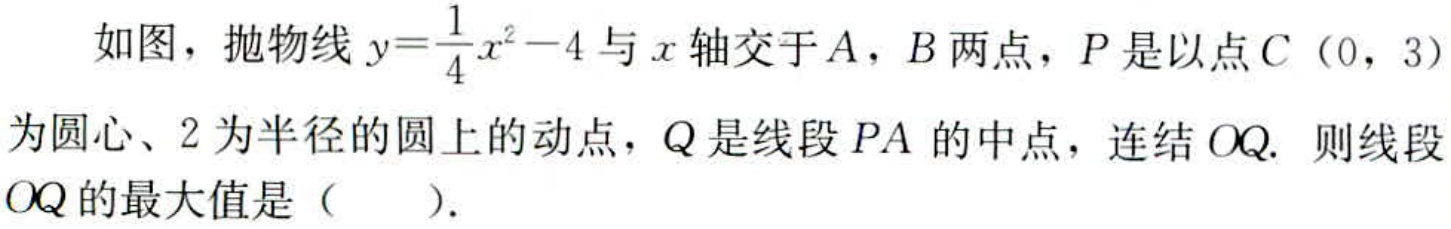
如图，抛物线\(y = \frac{1}{4}x^{2}-4\)与\(x\)轴交于\(A\)，\(B\)两点，\(P\)是以点\(C\)（\(0\)，\(3\)）为圆心、\(2\)为半径的圆上的动点，\(Q\)是线段\(PA\)的中点，连结\(OQ\). 则线段\(OQ\)的最大值是（  ）.